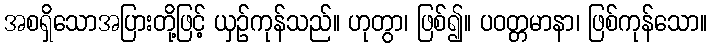
အစရှိသောအပြားတို့ဖြင့် ယှဉ်ကုန်သည်။ ဟုတွာ၊ ဖြစ်၍။ ပဝတ္တမာနာ၊ ဖြစ်ကုန်သော။